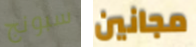
سبونج مجانين